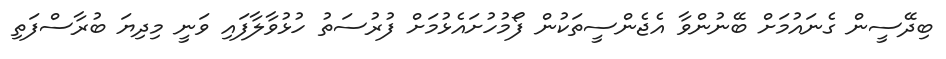
ބިދޭސީން ގެނައުމަށް ބޭނުންވާ އެޖެންސީތަކުން ފޯމުހުށައެޅުމަށް ފުރުސަތު ހުޅުވާލާފައި ވަނީ މިދިޔަ ބުރާސްފަތި